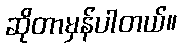
ဆိုတာမှန်ပါတယ်။